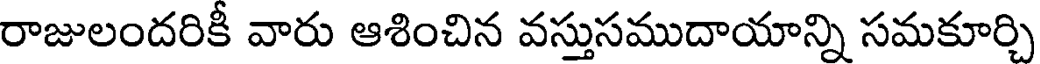
రాజులందరికీ వారు ఆశించిన వస్తుసముదాయాన్ని సమకూర్చి